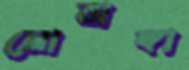
মোবাঙ্গা